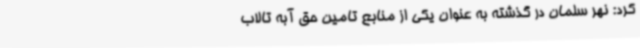
کرد: نهر سلمان در گذشته به عنوان یکی از منابع تامین حق آبه تالاب